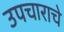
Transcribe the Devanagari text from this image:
उपचाराचे